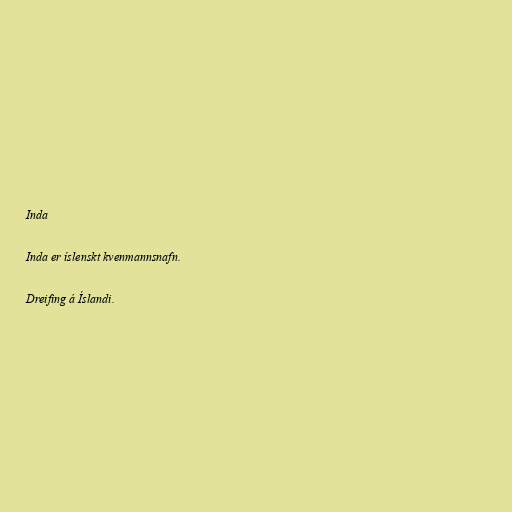
Inda

Inda er íslenskt kvenmannsnafn.

Dreifing á Íslandi.